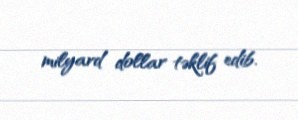
milyard dollar təklif edib.